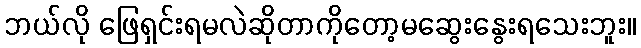
ဘယ်လို ဖြေရှင်းရမလဲဆိုတာကိုတော့မဆွေးနွေးရသေးဘူး။